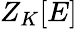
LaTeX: Z_{K}[E]